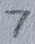
Text: 7